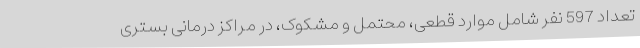
تعداد 597 نفر شامل موارد قطعی، محتمل و مشکوک، در مراکز درمانی بستری